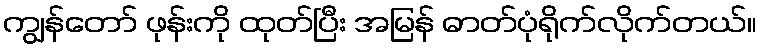
ကျွန်တော် ဖုန်းကို ထုတ်ပြီး အမြန် ဓာတ်ပုံရိုက်လိုက်တယ်။